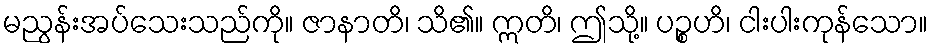
မညွန်းအပ်သေးသည်ကို။ ဇာနာတိ၊ သိ၏။ ဣတိ၊ ဤသို့။ ပဉ္စဟိ၊ ငါးပါးကုန်သော။